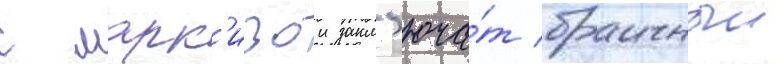
с марк'изои закл'юча́т брачныи